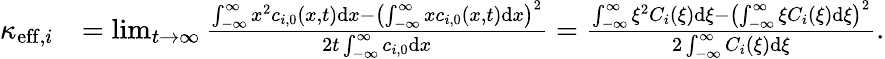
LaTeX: \begin{array}{rl}{\kappa_{\mathrm{eff},i}}&{=\operatorname*{lim}_{t\rightarrow\infty}\frac{\int_{-\infty}^{\infty}x^{2}c_{i,0}(x,t)\mathrm{d}x-\left(\int_{-\infty}^{\infty}xc_{i,0}(x,t)\mathrm{d}x\right)^{2}}{2t\int_{-\infty}^{\infty}c_{i,0}\mathrm{d}x}=\frac{\int_{-\infty}^{\infty}\xi^{2}C_{i}(\xi)\mathrm{d}\xi-\left(\int_{-\infty}^{\infty}\xi C_{i}(\xi)\mathrm{d}\xi\right)^{2}}{2\int_{-\infty}^{\infty}C_{i}(\xi)\mathrm{d}\xi}.}\end{array}